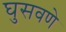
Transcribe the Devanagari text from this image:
घुसवणे